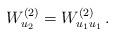
LaTeX: \begin{align*} {W}^{(2)}_{u_2}={W}^{(2)}_{u_1u_1}\, .\end{align*}